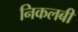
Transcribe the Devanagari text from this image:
निकलबी